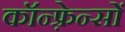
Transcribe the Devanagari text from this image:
कॉन्फ़्रेन्सों